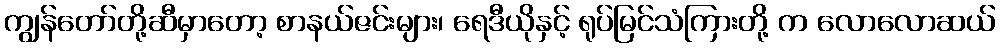
ကျွန်တော်တို့ဆီမှာတော့ စာနယ်ဇင်းများ၊ ရေဒီယိုနှင့် ရုပ်မြင်သံကြားတို့ က လောလောဆယ်